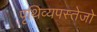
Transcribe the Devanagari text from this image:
पृथिव्यपस्तेजो